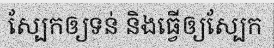
ស្បែកឲ្យទន់ និងធ្វើឲ្យស្បែក